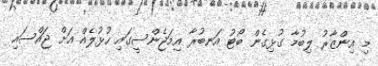
މި އިންޒާރު ލިބުމާ ގުޅިގެން ބޯޓު އަނބުރާ އިމަޖެންސީގައި ހުޅުލެއް އަށް ޖައްސައި